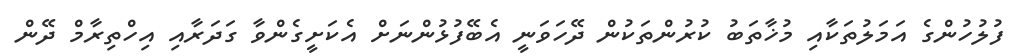
ފުލުހުންގެ އަމަލުތަކާއި މުޚާތަބު ކުރުންތަކުން ދޭހަވަނީ އެބޭފުޅުންނަށް އެކަށީގެންވާ ގަދަރާއި އިހްތިރާމް ދޭން